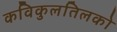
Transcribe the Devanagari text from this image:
कविकुलतिलको